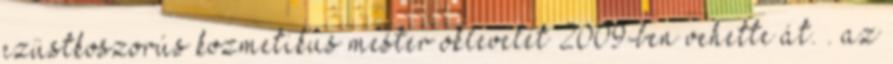
ezüstkoszorús kozmetikus mester oklevelét 2009-ben vehette át. . az